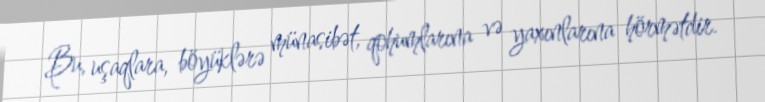
Bu, uşaqlara, böyüklərə münasibət, qohumlarına və yaxınlarına hörmətdir.